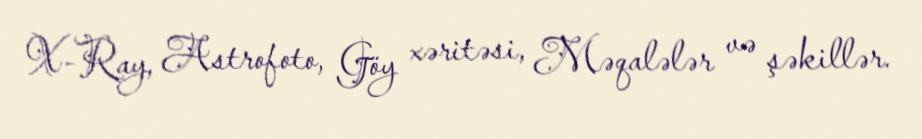
X-Ray, Astrofoto, Göy xəritəsi, Məqalələr və şəkillər.